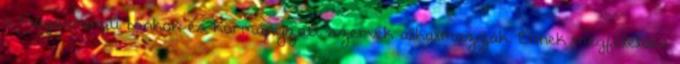
a magasrangú bankok és kormányzati szervek alkalmazzák. Ennek megfelelően